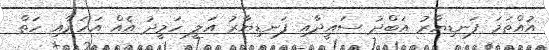
އުއްތަމަ ފަނޑިޔާރު އަބްދު ސައީދާއި ފަނޑިޔާރު އަލީ ހަމީދު އެއް އަހަރާއި ހަތް